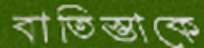
বাতিস্তাকে